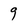
Character: 9